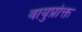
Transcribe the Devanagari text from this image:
वायुप्रोक्त